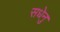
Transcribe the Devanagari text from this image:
सधेनु